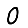
Digit: 0